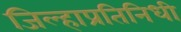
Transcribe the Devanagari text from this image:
जिल्हाप्रतिनिधी